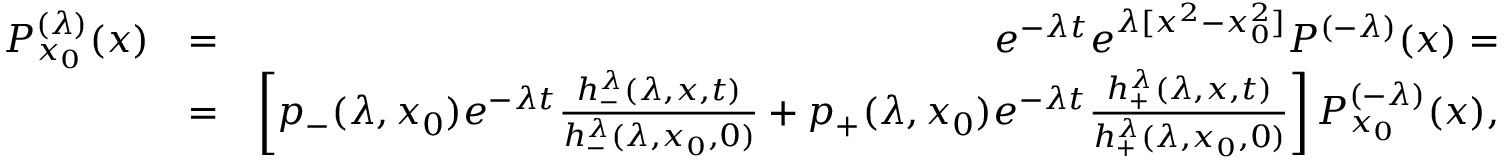
\begin{array} { r l r } { P _ { x _ { 0 } } ^ { ( \lambda ) } ( x ) } & { = } & { e ^ { - \lambda t } e ^ { \lambda [ x ^ { 2 } - x _ { 0 } ^ { 2 } ] } P ^ { ( - \lambda ) } ( x ) = } \\ & { = } & { \left[ p _ { - } ( \lambda , x _ { 0 } ) e ^ { - \lambda t } { \frac { h _ { - } ^ { \lambda } ( \lambda , x , t ) } { h _ { - } ^ { \lambda } ( \lambda , x _ { 0 } , 0 ) } } + p _ { + } ( \lambda , x _ { 0 } ) e ^ { - \lambda t } { \frac { h _ { + } ^ { \lambda } ( \lambda , x , t ) } { h _ { + } ^ { \lambda } ( \lambda , x _ { 0 } , 0 ) } } \right] P _ { x _ { 0 } } ^ { ( - \lambda ) } ( x ) , } \end{array}